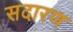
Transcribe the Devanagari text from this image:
सदारण